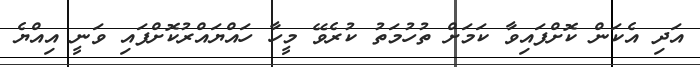
އަދި އެކަން ކޮށްފައިވާ ކަމަށް ތުހުމަތު ކުރެވޭ މީހާ ހައްޔައްރުކޮށްފައި ވަނީ އިއްޔެ